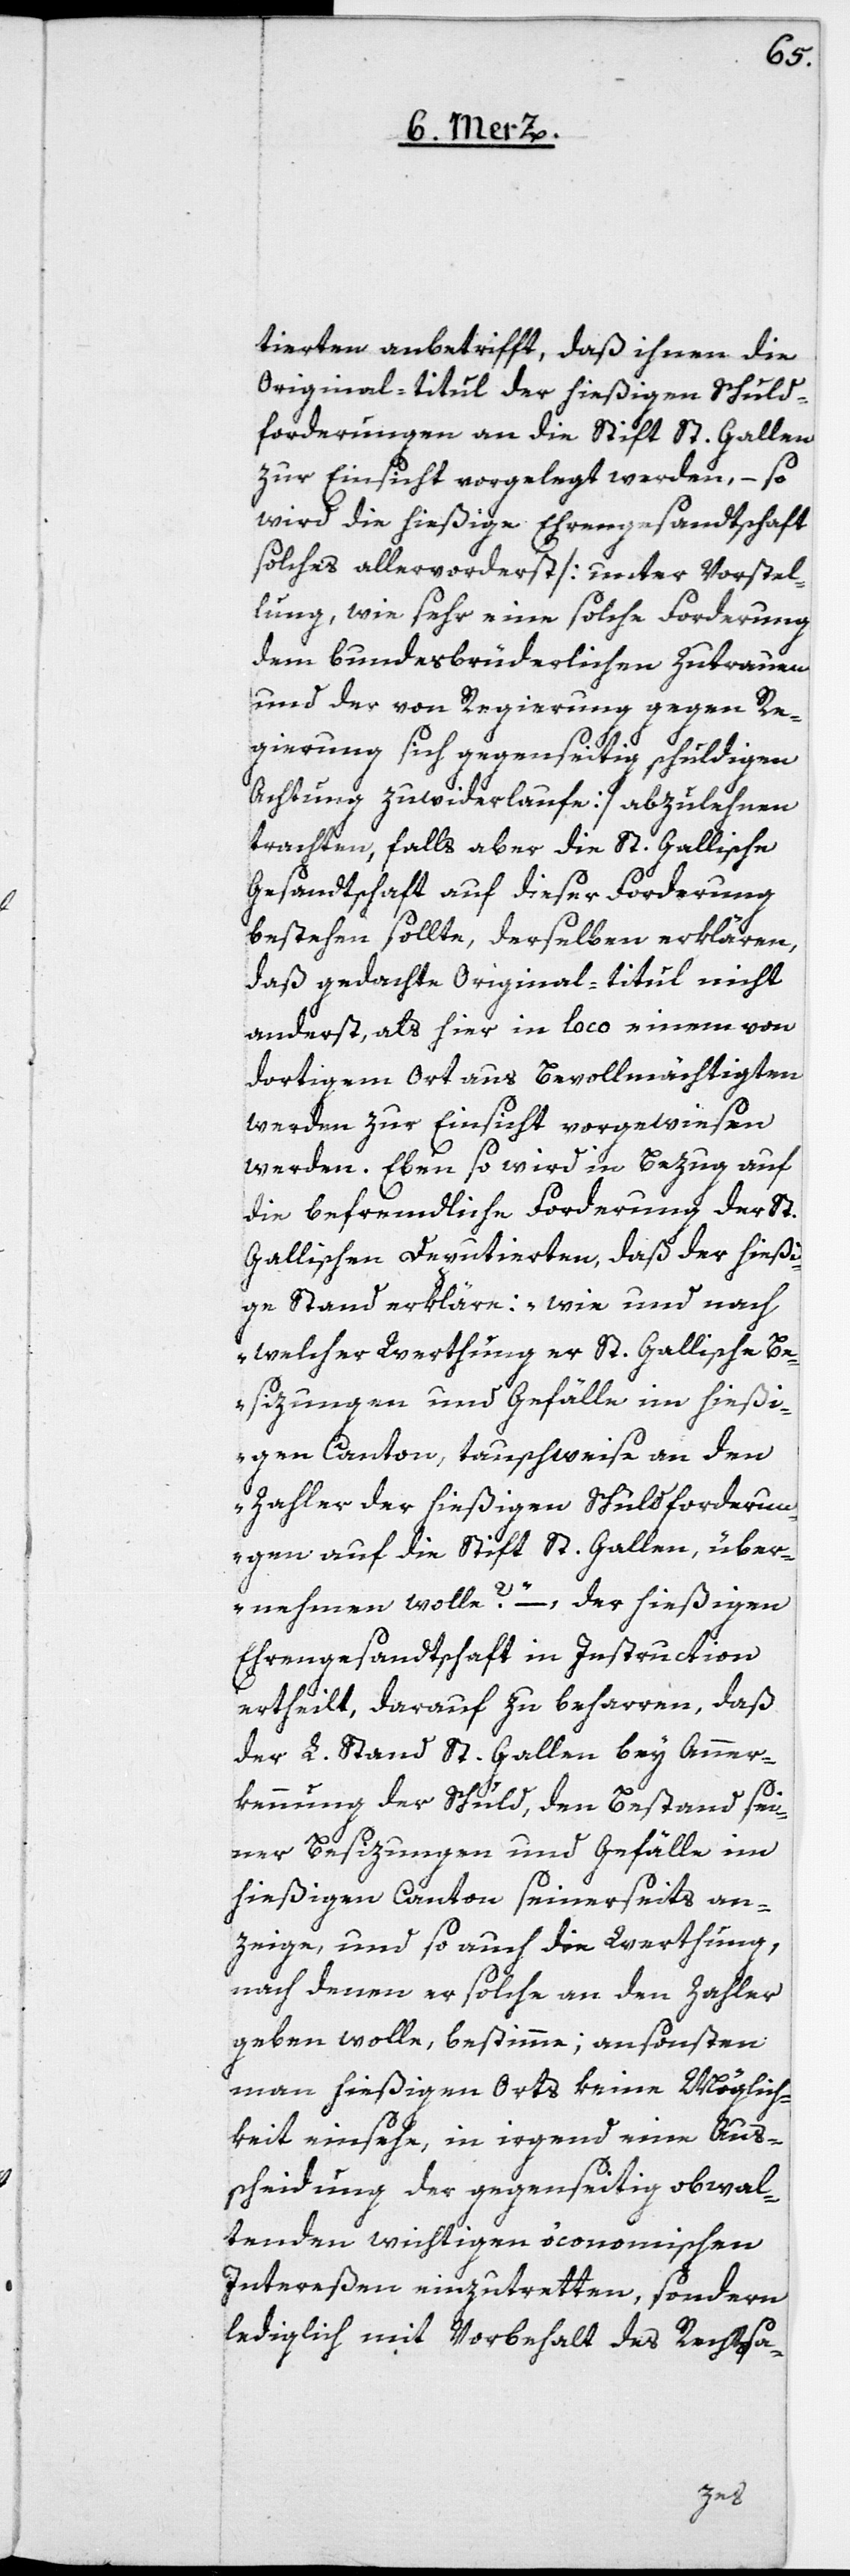
tierten anbetrifft, daß ihnen die
Original-titul der hießigen Schuld¬
forderungen an die Stift St. Gallen
zur Einsicht vorgelegt werden, – so
wird die hießige Ehrengesandtschaft
solches allervorderst [unter Vorstel¬
lung, wie sehr eine solche Forderung
dem bundesbrüderlichen Zutrauen
und der von Regierung gegen Re¬
gierung sich gegenseitig schuldigen
Achtung zuwiderlaufe] abzulehnen
trachten, falls aber die St. Gallische
Gesandtschaft auf diese Forderung
bestehen sollte, derselben erklären,
daß gedachte Original-titul nicht
anderst, als hier in loco einem von
dortigem Ort aus Bevollmächtigten
werden zur Einsicht vorgewiesen
werden. Eben so wird in Bezug auf
die befremdliche Forderung der St.
Gallischen Deputierten, daß der hießi¬
ge Stand erkläre: „wie und nach
welcher Werthung er St. Gallische Be¬
sizungen und Gefälle im hießi¬
gen Canton, tauschweise an den
Zahler der hießigen Schuldforderun¬
gen auf die Stift St. Gallen, über¬
nehmen wolle“? – der hießigen
Ehrengesandtschaft in Instruction
ertheilt, darauf zu beharren, daß
der L. Stand St. Gallen bei Aner¬
kennung der Schuld, den Bestand sei¬
ner Besizungen und Gefälle im
hießigen Canton seinerseits an¬
zeige, und so auch die Werthung,
nach denen er solche an den Zahler
geben wolle, bestimme; ansonsten
man hießigen Orts keine Möglich¬
keit einsehe, in irgend eine Aus¬
scheidung der gegenseitig obwal¬
tenden wichtigen öconomischen
Intereßen einzutretten, sondern
lediglich mit Vorbehalt des Rechtssa-